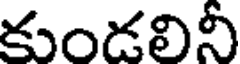
కుండలినీ